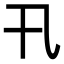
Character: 卂